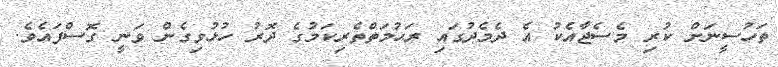
ތަހުސީނަށް ކުރި މެސެޖާއެކު އެ ދެމެދުގައި ރަޙުމަތްތެރިކަމުގެ ދޮރު ހުޅުވިގެން ވަނީ ގޮސްފައެވެ.